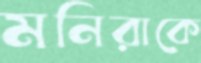
মনিরাকে